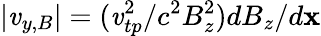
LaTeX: |{\mathit{v}}_{y,B}|=(\mathit{v}_{tp}^{2}/c^{2}B_{z}^{2})dB_{z}/d\mathbf{x}